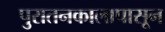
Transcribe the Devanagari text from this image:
पुरातनकालापासून